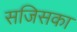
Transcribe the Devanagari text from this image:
सजिसका